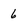
Character: 6